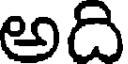
అది